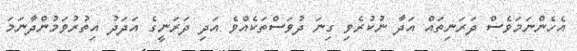
އެހެންނަމަވެސް ދަރަނިތައް އަދާ ނުކުރެވި ގިނަ ދުވަސްތަކެއްވެ އަދި ދަރަނީގެ އަދަދު އިތުރުވަމުންދާނަމަ